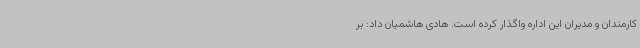
کارمندان و مدیران این اداره واگذار کرده است. هادی هاشمیان داد: بر